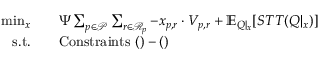
\begin{array} { r l } { \quad \operatorname* { m i n } _ { \boldsymbol { x } } \quad } & { \Psi \sum _ { p \in \mathcal { P } } \sum _ { r \in \mathcal { R } _ { p } } - x _ { p , r } \cdot V _ { p , r } + \mathbb { E } _ { \boldsymbol { Q } | _ { \boldsymbol { x } } } [ S T T ( \boldsymbol { Q } | _ { \boldsymbol { x } } ) ] } \\ { \mathrm { s . t . } \quad } & { \mathrm { C o n s t r a i n t s ~ } ( ) - ( ) } \end{array}